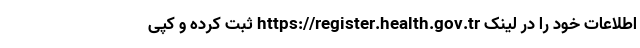
اطلاعات خود را در لینک https://register.health.gov.tr ثبت کرده و کپی